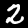
Digit: 2